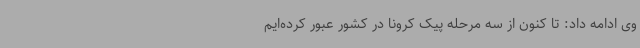
وی ادامه داد: تا کنون از سه مرحله پیک کرونا در کشور عبور کرده‌ایم